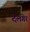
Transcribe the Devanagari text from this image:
देलगेर